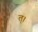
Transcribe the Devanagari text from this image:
त्।